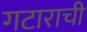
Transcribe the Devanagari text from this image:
गटाराची